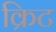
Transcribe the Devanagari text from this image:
क्रिट